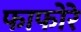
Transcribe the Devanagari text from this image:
फाफोरे